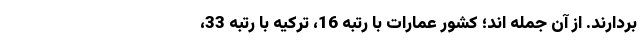
بردارند. از آن جمله اند؛ کشور عمارات با رتبه 16، ترکیه با رتبه 33،